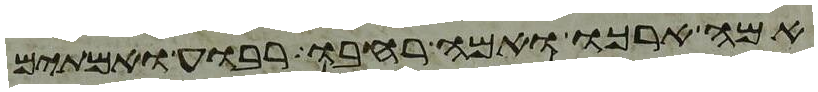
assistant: אמה ארכו ואמה רחבו רבוע ואמתים